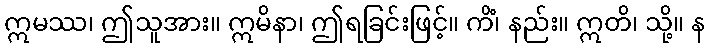
ဣမဿ၊ ဤသူအား။ ဣမိနာ၊ ဤရခြင်းဖြင့်။ ကိံ၊ နည်း။ ဣတိ၊ သို့။ န